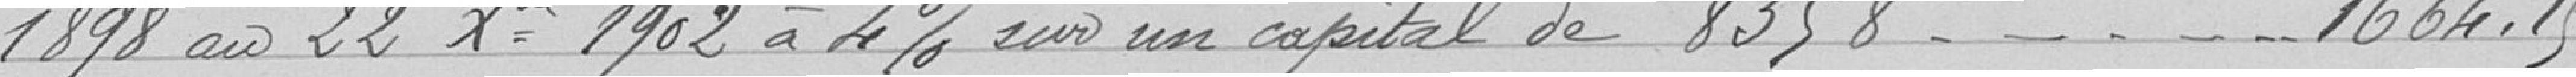
1898 au 22Xbre 1902 a 4% sur un capital de 8358...1664.15